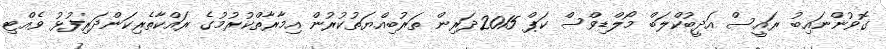
ގޮވުންނައިބު ރައީސް އަދީބުކްލަބް މޯލްޑިވްސް ކަޕް 2015ދަރިން ތަރުބިއްޔަތުކުރުން އިމާރާތްކުރުމުގެ ރައްކާތެރިކަންދަރިފުޅު ވެއްޓި